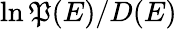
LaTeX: \ln\mathfrak{P}(E)/D(E)